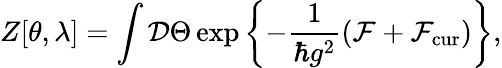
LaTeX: Z[\theta,\lambda]=\int{\cal D}\Theta\exp\left\{ -\frac{1}{\hbar g^{2}}\left({\cal F}+{\cal F}_{\mathrm{cur}}\right)\right\} ,